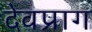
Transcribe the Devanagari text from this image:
देवप्राग